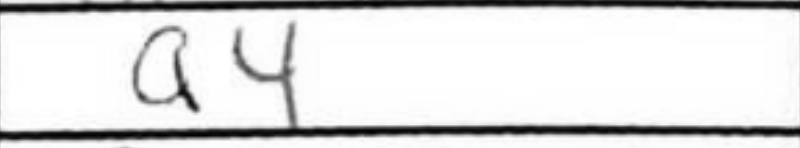
Transcription: a4